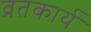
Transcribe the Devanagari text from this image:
व्रतकार्य